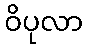
ဝိပုလာ